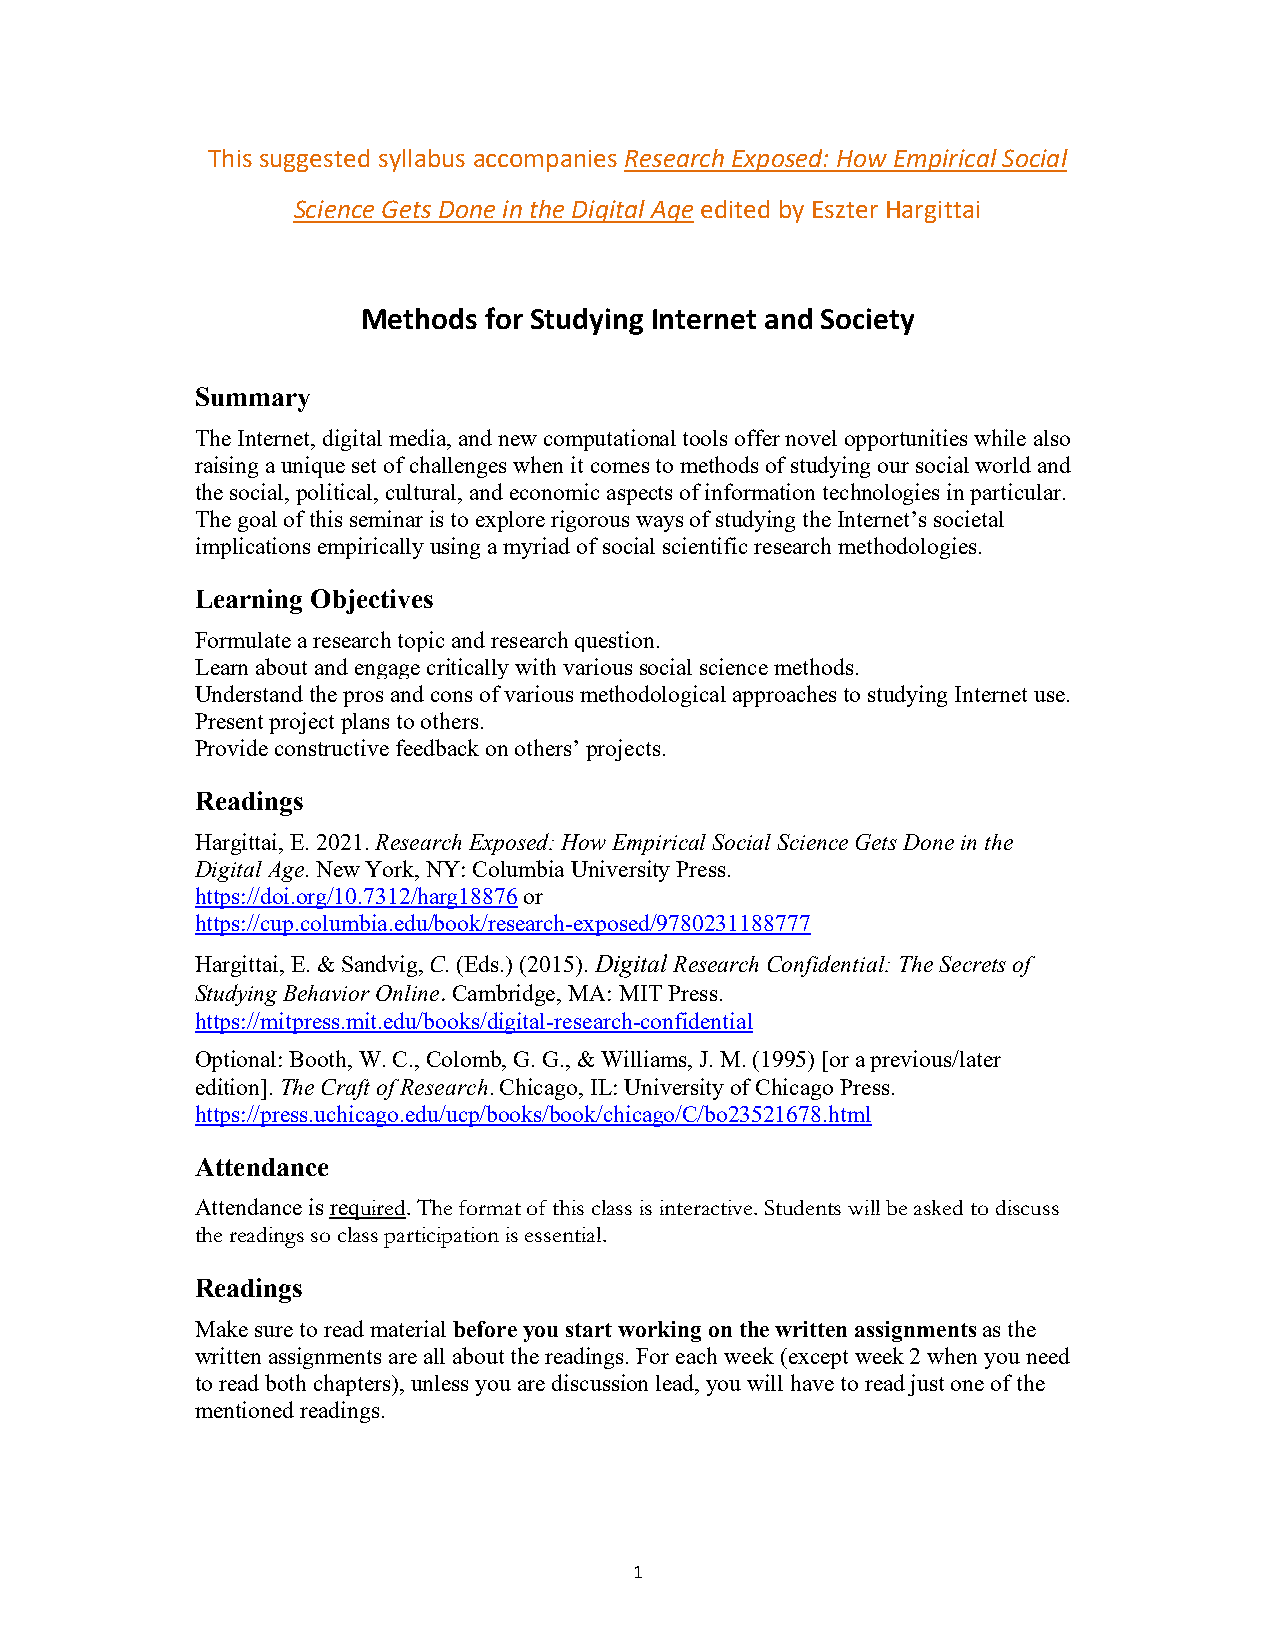
This suggested syllabus accompanies Research Exposed: How Empirical Social
 Science Gets Done in the Digital Age edited by Eszter Hargittai
 Methods for Studying Internet and Society
 Summary
 The Internet, digital media, and new computational tools offer novel opportunities while also
 raising a unique set of challenges when it comes to methods of studying our social world and
 the social, political, cultural, and economic aspects of information technologies in particular.
 The goal of this seminar is to explore rigorous ways of studying the Internet’s societal
 implications empirically using a myriad of social scientific research methodologies.
 Learning Objectives
 Formulate a research topic and research question.
 Learn about and engage critically with various social science methods.
 Understand the pros and cons of various methodological approaches to studying Internet use.
 Present project plans to others.
 Provide constructive feedback on others’ projects.
 Readings
 Hargittai, E. 2021. Research Exposed: How Empirical Social Science Gets Done in the
 Digital Age. New York, NY: Columbia University Press.
 https://doi.org/10.7312/harg18876 or
 https://cup.columbia.edu/book/research-exposed/9780231188777
 Hargittai, E. & Sandvig, C. (Eds.) (2015). Digital Research Confidential: The Secrets of
 Studying Behavior Online. Cambridge, MA: MIT Press.
 https://mitpress.mit.edu/books/digital-research-confidential
 Optional: Booth, W. C., Colomb, G. G., & Williams, J. M. (1995) [or a previous/later
 edition]. The Craft of Research. Chicago, IL: University of Chicago Press.
 https://press.uchicago.edu/ucp/books/book/chicago/C/bo23521678.html
 Attendance
 Attendance is required. The format of this class is interactive. Students will be asked to discuss
 the readings so class participation is essential.
 Readings
 Make sure to read material before you start working on the written assignments as the
 written assignments are all about the readings. For each week (except week 2 when you need
 to read both chapters), unless you are discussion lead, you will have to read just one of the
 mentioned readings.
 1